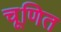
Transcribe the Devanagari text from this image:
चूणित